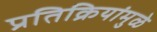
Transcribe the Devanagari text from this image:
प्रतिक्रियांमुळे